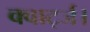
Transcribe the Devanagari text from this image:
क्वार्ट्ज।